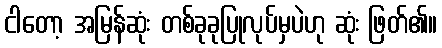
ငါတော့ အမြန်ဆုံး တစ်ခုခုပြုလုပ်မှပဲဟု ဆုံး ဖြတ်၏။